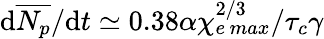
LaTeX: \mathrm{d}\overline{{{N_{p}}}}/\mathrm{d}t\simeq0.38\alpha\chi_{e\, max}^{2/3}/\tau_{c}\gamma